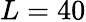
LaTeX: L=40